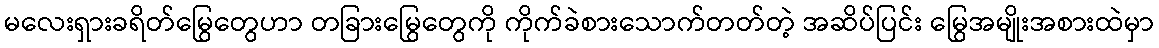
မလေးရှားခရိတ်မြွေတွေဟာ တခြားမြွေတွေကို ကိုက်ခဲစားသောက်တတ်တဲ့ အဆိပ်ပြင်း မြွေအမျိုးအစားထဲမှာ